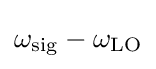
\omega _{\mathrm {sig} }-\omega _{\mathrm {LO} }